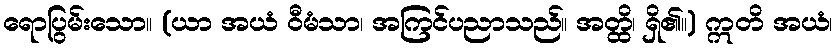
ရောပြွမ်းသော။ (ယာ အယံ ဝီမံသာ၊ အကြင်ပညာသည်။ အတ္ထိ၊ ရှိ၏။) ဣတိ အယံ၊